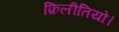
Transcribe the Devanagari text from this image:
फ़िलीतियों।